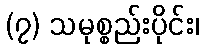
(၇) သမုစ္စည်းပိုင်း၊